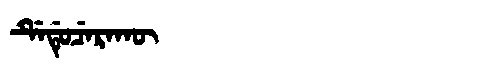
Manchu: ᡩᡝᡩᡠᠴᡝᡵᠠᡴᡡ
Romanization: DEDUCERAKŪ